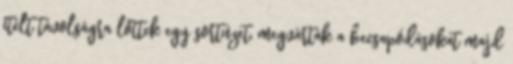
ítélt távolságra lőttek egy sortüzet, megvárták a becsapódásokat majd